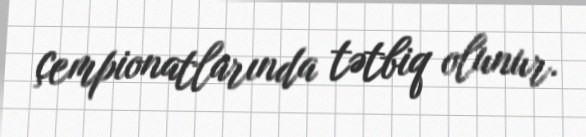
çempionatlarında tətbiq olunur.